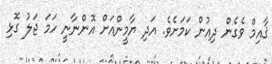
ޤާއިމް ވެގެން ދިއުން ކަމަށެވެ. އަދި ޔާމީންއަށް އޮންނާނީ ހަމަ ޖަލު ގޮޅި